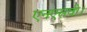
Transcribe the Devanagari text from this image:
एनएसवी।